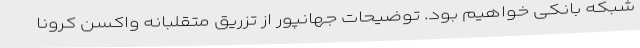
شبکه بانکی خواهیم بود. توضیحات جهانپور از تزریق متقلبانه واکسن کرونا